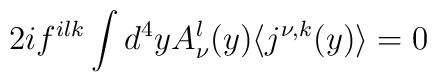
2if^{ilk}\int d^4yA_{\nu}^l(y)\langle j^{\nu,k}(y)\rangle=0